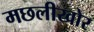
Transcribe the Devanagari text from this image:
मछलीखोर